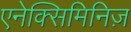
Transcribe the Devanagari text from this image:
एनेक्सिमिनिज़